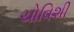
ચોવિશી